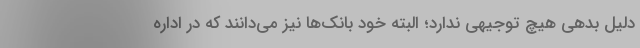
دلیل بدهی هیچ توجیهی ندارد؛ البته خود بانک‌ها نیز می‌دانند که در اداره